Mental hospitals Bombay report 1929-33 - 1929-1933
Year: 1929
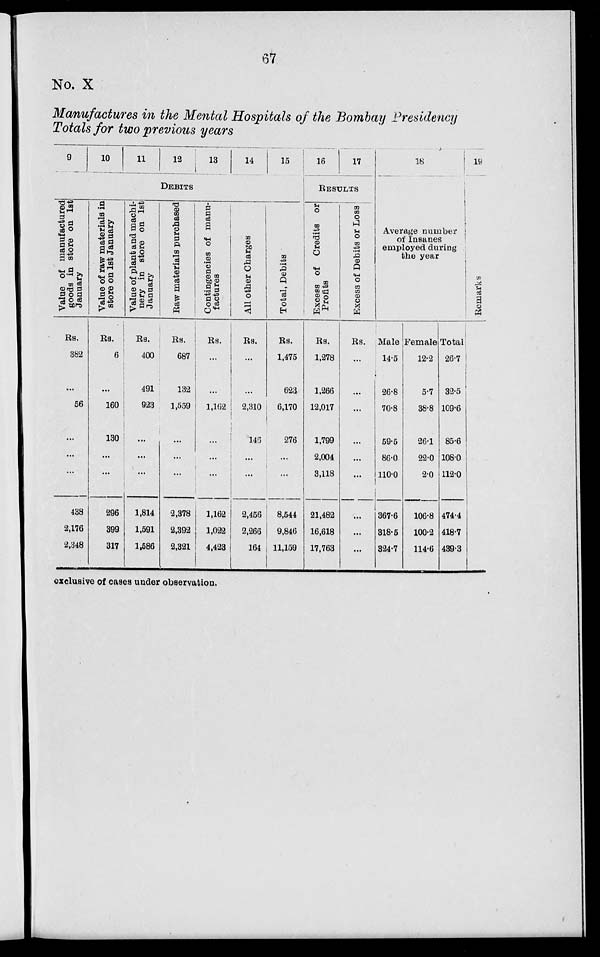
67
No. X
Manufactures in the Mental Hospitals of the Bombay Presidency
Totals for two previous years
9
10
11
12
13
14
15
DEBITS
Value of manufactured
goods in store on 1st
January
Rs.
382
...
56
...
...
...
438
2,176
2,348
Value of raw materials in
store on 1st January
Rs.
6
...
160
130
...
...
296
399
317
Value of plant and machi-
nery in store on 1st
January
Rs.
400
491
923
...
...
...
1,814
1,591
1,586
Raw
materials purchased
Rs.
687
132
1,559
...
...
...
2,378
2,392
2,321
Contingencies of manu-
factures
Rs.
...
...
1,162
...
...
...
1,162
1,022
4,423
All other Charges
Rs.
...
...
2,310
146
...
...
2,456
2,266
164
Total, Debits
Rs.
1,475
623
6,170
276
...
...
8,544
9,846
11,159
16
17
RESULTS
Excess of Credits or
Profits
Rs.
1,278
1,266
12,017
1,799
2,004
3,118
21,482
16,618
17,763
Excess of Debits or Loss
Rs.
...
...
...
...
...
...
...
...
...
18
Average number
of Insanes
employed during
the year
Male
14.5
26.8
70.8
59.5
86.0
110.0
367.6
318.5
324.7
Female
12.2
5.7
38.8
26.1
22.0
2.0
106.8
100.2
114.6
Total
26.7
32.5
109.6
85.6
108.0
112.0
474.4
418.7
439.3
19
Remarks
exclusive of cases under observation.